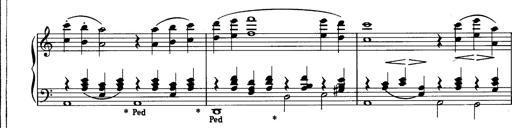
Title: La romanesca
Composer: Franz Liszt